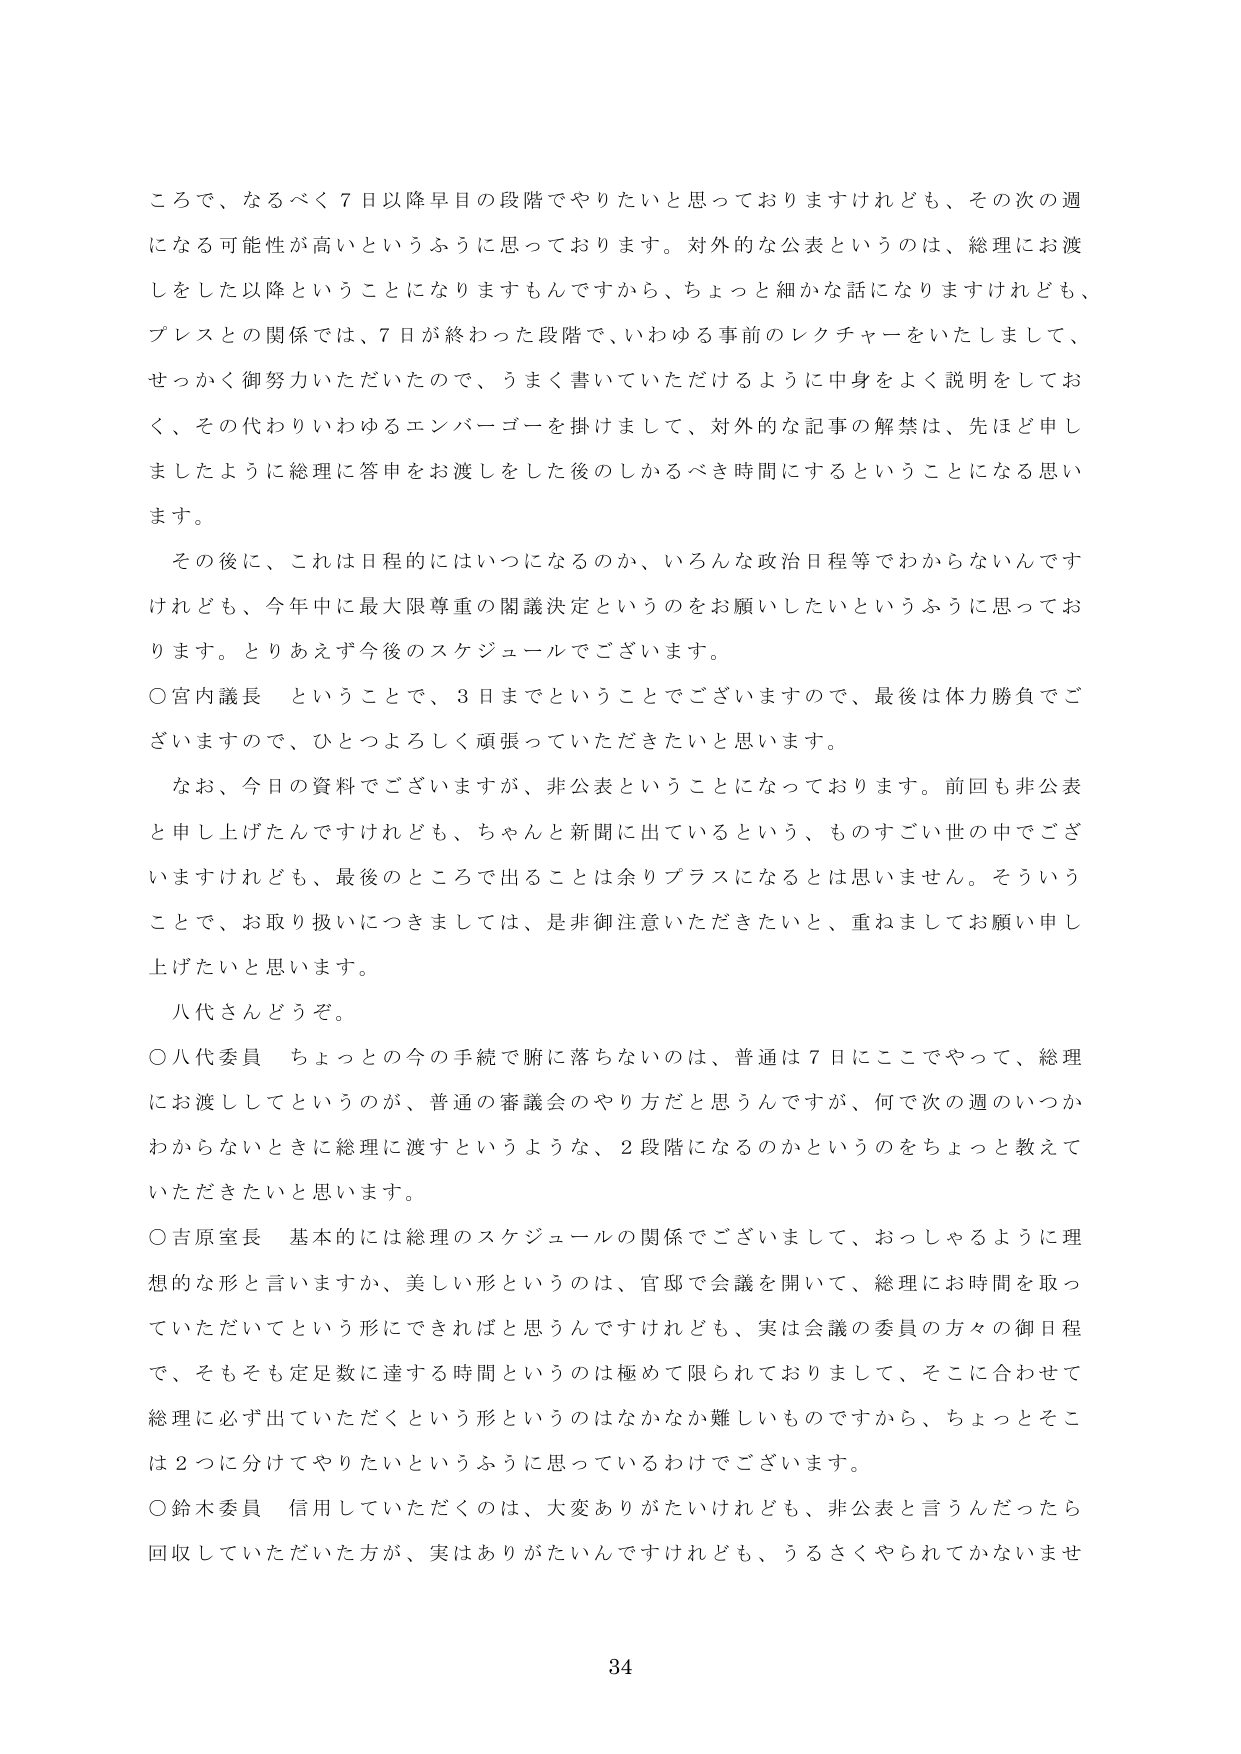
ころで、なるべく７日以降早目の段階でやりたいと思っておりますけれども、その次の週になる可能性が高いというふうに思っております。対外的な公表というのは、総理にお渡しをした以降ということになりますもんですから、ちょっと細かな話になりますけれども、プレスとの関係では、７日が終わった段階で、いわゆる事前のレクチャーをいたしまして、せっかく御努力いただいたので、うまく書いていただけるように中身をよく説明をしておく、その代わりいわゆるエンバーゴーを掛けまして、対外的な記事の解禁は、先ほど申しましたように総理に答申をお渡しをした後のしかるべき時間にするということになる思います。

その後に、これは日程的にはいつになるのか、いろんな政治日程等でわからないんですけれども、今年中に最大限尊重の閣議決定というのをお願いしたいというふうに思っております。とりあえず今後のスケジュールでございます。

○宮内議長　ということで、３日までということでございますので、最後は体力勝負でございますので、ひとつよろしく頑張っていただきたいと思います。

なお、今日の資料でございますが、非公表ということになっております。前回も非公表と申し上げたんですけれども、ちゃんと新聞に出ているという、ものすごい世の中でございますけれども、最後のところで出ることは余りプラスになるとは思いません。そういうことで、お取り扱いにつきましては、是非御注意いただきたいと、重ねましてお願い申し上げたいと思います。

八代さんどうぞ。

○八代委員　ちょっと今の手続で腑に落ちないのは、普通は７日にここでやって、総理にお渡ししてというのが、普通の審議会のやり方だと思うんですが、何で次の週のいつかわからないときに総理に渡すというような、２段階になるのかというのをちょっと教えていただきたいと思います。

○吉原室長　基本的には総理のスケジュールの関係でございまして、おっしゃるように理想的な形と言いますか、美しい形というのは、官邸で会議を開いて、総理にお時間を取っていただいてという形にできればと思うんですけれども、実は会議の委員の方々の御日程で、そもそも定足数に達する時間というのは極めて限られておりまして、そこに合わせて総理に必ず出ていただくという形というのはなかなか難しいものですから、ちょっとそこは２つに分けてやりたいというふうに思っているわけでございます。

○鈴木委員　信用していただくのは、大変ありがたいけれども、非公表と言うんだったら回収していただいた方が、実はありがたいんですけれども、うるさくやられてかないませ

34